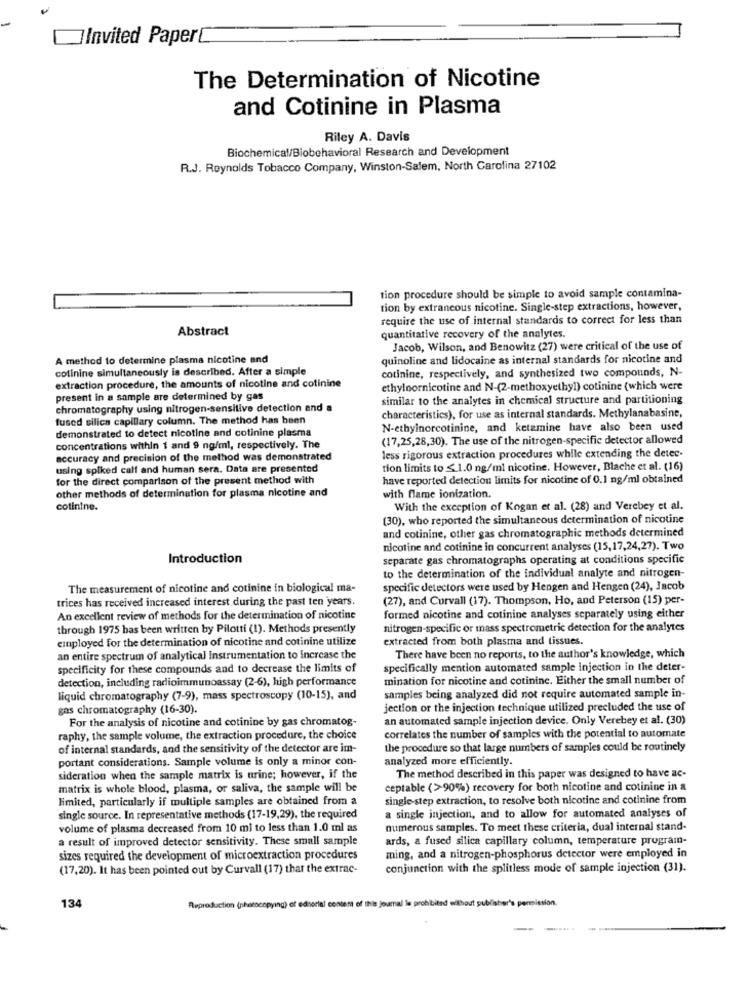
JInvited Paper[
The Determination of Nicotine
and Cotinine in Plasma
Riley A. Davis
Biochemical/Biobehavioral Research and Development
R.J. Reynolds Tobacco Company, Winston-Salem, North Carolina 27102
tion procedure should be simple to avoid sample contamina-
tion by extraneous nicotine. Single-step extractions, however,
require the use of internal standards to correct for less than
Abstract
quantitative recovery of the analytes.
Jacob, Wilson, and Benowitz (27) were critical of the use of
A method to determine plasma nicotine and
quinoline and lidocaine as internal standards for nicotine and
colinine simultaneously is described. After a simple
cotinine, respectively, and synthesized two compounds, N-
extraction procedure, the amounts of nicotine and cotinine
ethylnornicotine and N-(2-methoxyethyl) cotinine (which were
present in a sample are determined by gas
similar to the analytes in chemical structure and partitioning
chromatography using nitrogen-sensitive detection and a
fused silica capillary column. The method has been
characteristics), for use as internal standards. Methylanabasine,
demonstrated to detect nicotine and cotinine plasma
N-ethylnorcotinine, and ketamine have also been used
(17,25,28,30). The use of the nitrogen-specific detector allowed
concentrations within $ and 9 ng/ml, respectively. The
less rigorous extraction procedures while extending the detee-
accuracy and precision of the method was demonstrated
using spiked calf and human sera. Data are presented
tion limits to ≤ 1.0 ng/ml nicotine. However, Blache et al. (16)
for the direct comparison of the present method with
have reported detection limits for nicotine of 0.1 ng/ml obtained
other methods of determination for plasma nicotine and
with flame ionization.
cotinine.
With the exception of Kogan et al. (28) and Verebey et al.
(30), who reported the simultaneous determination of nicotine
and cotinine, other gas chromatographic methods determined
nicotine and cotinine in concurrent analyses (15,17,24,27). Two
Introduction
separate gas chromatographs operating at conditions specific
to the determination of the individual analyte and nitrogen-
The measurement of nicotine and cotinine in biological ma-
specific detectors were used by Hengen and Hengen (24), Jacob
trices has received increased interest during the past ten years.
(27), and Curvall (17). Thompson, Ho, and Peterson (15) per-
An excellent review of methods for the determination of nicotine
formed nicotine and cotinine analyses separately using either
through 1975 has been written by Pilotti (1). Methods presently
nitrogen-specific or mass spectrometric detection for the analytes
employed for the determination of nicotine and cotinine utilize
extracted from both plasma and tissues.
an entire spectrum of analytical Instrumentation to Increase the
There have been no reports, to the author's knowledge, which
specificity for these compounds and to decrease the limits of
specifically mention automated sample injection in the deter-
detection, including radioimmunoassay (2-6), high performance
mination for nicotine and cotinine. Either the small number of
liquid chromatography (7-9), mass spectroscopy (10-15), and
samples being analyzed did not require automated sample in-
gas chromatography (16-30).
jection or the injection technique utilized precluded the use of
For the analysis of nicotine and cotinine by gas chromatog-
an automated sample injection device. Only Verebey et al. (30)
raphy, the sample volume, the extraction procedure, the choice
correlates the number of samples with the potential to automate
of internal standards, and the sensitivity of the detector are im-
the procedure so that large numbers of samples could be routinely
portant considerations. Sample volume is only a minor con-
analyzed more efficiently.
sideration when the sample matrix is urine; however, if the
The method described in this paper was designed to have ac-
matrix is whole blood, plasma, or saliva, the sample will be
ceptable (>90%) recovery for both nicotine and cotinine in a
limited, particularly if multiple samples are obtained from a
single-step extraction, to resolve both nicotine and cotinine from
single source. In representative methods (17-19,29), the required
a single injection, and to allow for automated analyses of
volume of plasma decreased from 10 ml to less than 1.0 ml as
numerous samples. To meet these criteria, dual internal stand-
a result of improved detector sensitivity. These small sample
ards, a fused silica capillary column, temperature program-
sizes required the development of microextraction procedures
ming, and a nitrogen-phosphorus detector were employed in
(17,20). It has been pointed out by Curvall (17) that the extrac-
conjunction with the splitless mode of sample injection (31).
Reproduction (photocopying) of edsortal content of this journal le prohibited without publisher's permission.
134